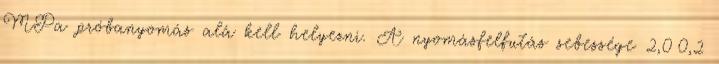
MPa próbanyomás alá kell helyezni. A nyomásfelfutás sebessége 2,00,2